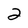
Character: 2